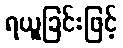
ရယူခြင်းဖြင့်